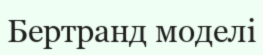
Бертранд моделі